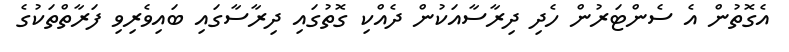
އެގޮތުން އެ ސެންޓަރުން ހެދި ދިރާސާއަކުން ދެއްކި ގޮތުގައި ދިރާސާގައި ބައިވެރިވި ފަރާތްތަކުގެ